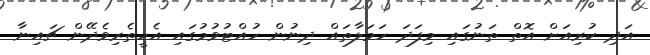
އަދި ކުރިއަށް އޮތް ތަނުގައި މިފަދަ ހަމަލާތައް ދިނުން ހުއްޓުވުމުގައި އެހީތެރިވެދޭން ޗައިނާ